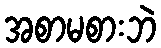
အစာမစားဘဲ